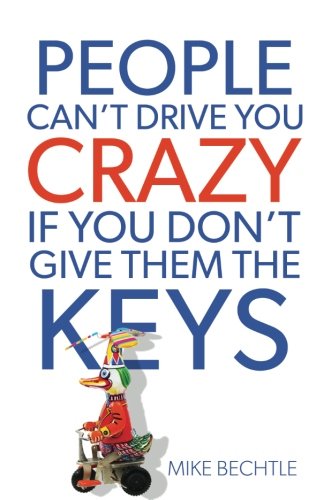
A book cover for People Can't Drive You Crazy If You Don't Give Them the Keys; Mike Bechtle; Christian Books & Bibles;